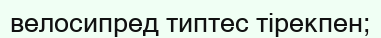
велосипред типтес тірекпен;